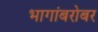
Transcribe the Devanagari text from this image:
भागांबरोबर